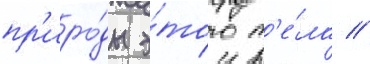
пр'иро́ды э́того т'е́ла //